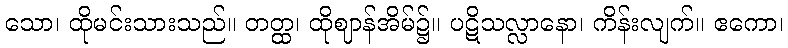
သော၊ ထိုမင်းသားသည်။ တတ္ထ၊ ထိုဈာန်အိမ်၌။ ပဋိသလ္လာနော၊ ကိန်းလျက်။ ဧကော၊